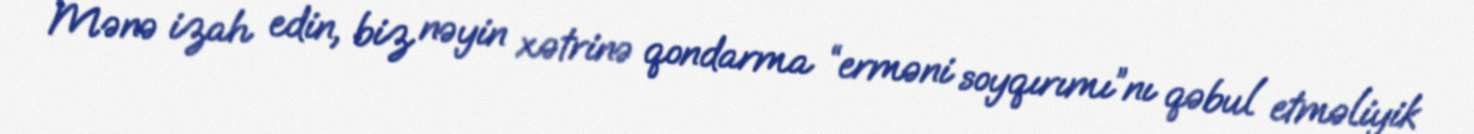
Mənə izah edin, biz nəyin xətrinə qondarma “erməni soyqırımı”nı qəbul etməliyik